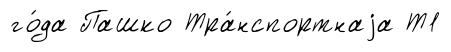
го́да Пашко Тра́нспортнаjа Т1